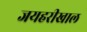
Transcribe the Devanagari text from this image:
जयहरीखाल